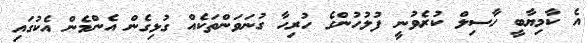
އެ ކާމިޔާބީ ހާސިލް ކުރެވުނީ ފުލުހުންގެ ހުރިހާ ގުނަވަންތަކެއް ގުޅިގެން އެންމެން އެކުގައި